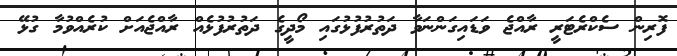
ފޮރިން ސެކްރެޓަރީ ރާއްޖެ ވަޑައިގަންނަވާ ދަތުރުފުޅުގައި މޯދީގެ ދަތުރުފުޅެއް ރާއްޖެއަށް ކުރެއްވުމާ ގުޅޭ